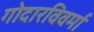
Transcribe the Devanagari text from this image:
गोदारविवर्मा